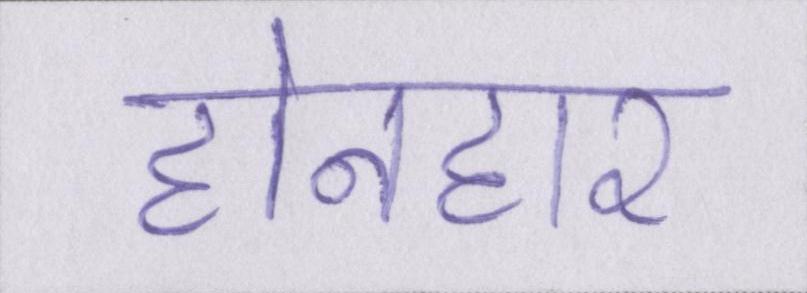
होनहार